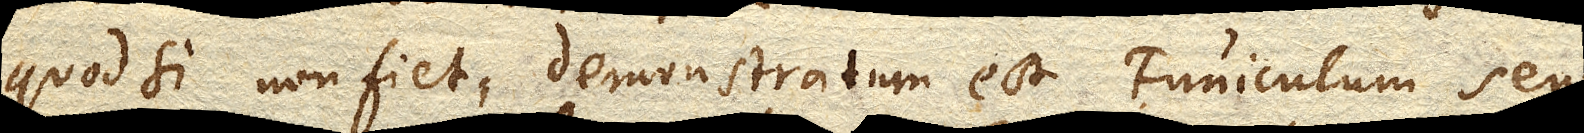
quodsi non fiet, demonstratum est Funiculum seu